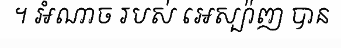
។ អំណាច របស់ អេស្ប៉ាញ បាន